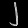
Digit: ၂